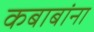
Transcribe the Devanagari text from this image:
कबाबांना